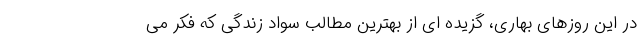
در این روزهای بهاری، گزیده ای از بهترین مطالب سواد زندگی که فکر می